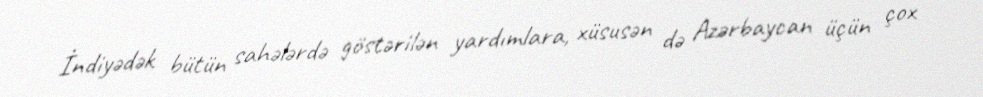
İndiyədək bütün sahələrdə göstərilən yardımlara, xüsusən də Azərbaycan üçün çox